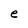
Character: e